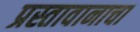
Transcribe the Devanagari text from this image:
प्रस्तावानाचा